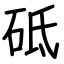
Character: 砥